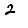
Digit: 2